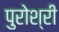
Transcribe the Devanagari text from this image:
पुरोश्री